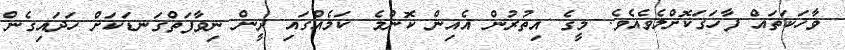
ވާހަކަތައް ފާހަގަކޮށްލެވެއެވެ. މީގެ އިތުރުން އެއިން ކޮންމެ ކަމެއްގައި ދީން ނިވާފަތްގަނޑަކަށް ހަދައިގެން